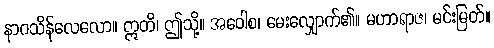
နာဂသိန်လေလော။ ဣတိ၊ ဤသို့။ အဝေါစ၊ မေးလျှောက်၏။ မဟာရာဇ၊ မင်းမြတ်။